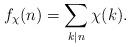
LaTeX: \begin{align*}f_\chi(n)=\sum\limits_{k|n}\chi(k).\end{align*}